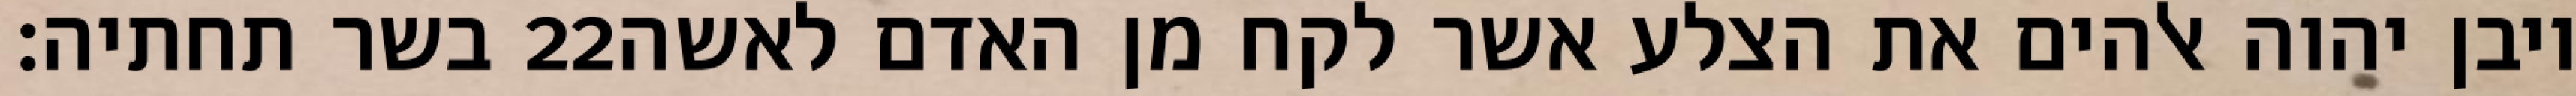
בשר תחתיה׃ ‎22‏ ויבן יהוה אלהים את הצלע אשר לקח מן האדם לאשה